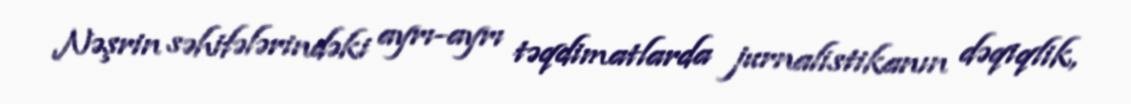
Nəşrin səhifələrindəki ayrı-ayrı təqdimatlarda jurnalistikanın dəqiqlik,